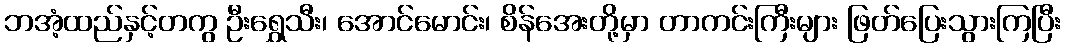
ဘအံ့ထည်နှင့်တကွ ဦးရွှေသီး၊ အောင်မောင်း၊ စိန်အေးတို့မှာ တာကင်းကြီးများ ဖြတ်ပြေးသွားကြပြီး